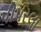
પીપરલા